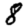
Digit: 8